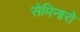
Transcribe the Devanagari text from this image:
सेमिनारो